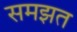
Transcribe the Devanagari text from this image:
समझत